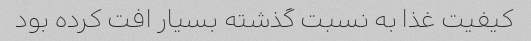
کیفیت غذا به نسبت گذشته بسیار افت کرده بود